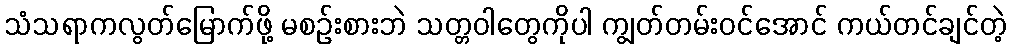
သံသရာကလွတ်မြောက်ဖို့ မစဉ်းစားဘဲ သတ္တဝါတွေကိုပါ ကျွတ်တမ်းဝင်အောင် ကယ်တင်ချင်တဲ့